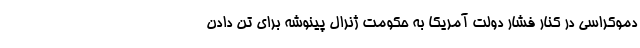
دموکراسی در کنار فشار دولت آمریکا به حکومت ژنرال پینوشه برای تن دادن